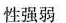
性强弱